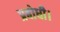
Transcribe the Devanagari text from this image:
प्रबोधी।